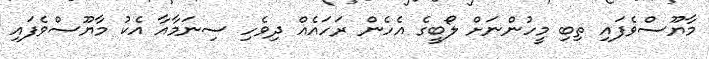
މާޔޫސްވެފައި ތިބި މީހުންނަށް ލޯބީގެ އެހެން ރަހައެއް ދިވެހި ސިނަމާއާ އެކު މާޔޫސްވެފައި